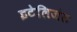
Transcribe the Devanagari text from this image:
इटेलिजंट